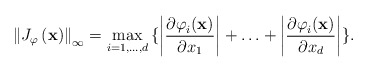
\begin{align*}\left\| J_{\varphi }\left( \mathbf{x} \right) \right\|_{\infty }=\max_{i=1,...,d}{\{\left| \frac{{\partial \varphi }_{i}(\mathbf{x})}{{\partial x}_{1}} \right|+\mathellipsis +\left| \frac{{\partial \varphi }_{i}(\mathbf{x})}{{\partial x}_{d}} \right|\}}.\end{align*}